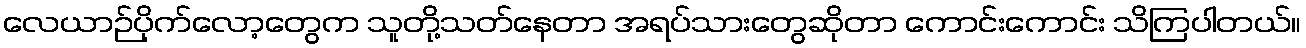
လေယာဉ်ပိုက်လော့တွေက သူတို့သတ်နေတာ အရပ်သားတွေဆိုတာ ကောင်းကောင်း သိကြပါတယ်။